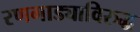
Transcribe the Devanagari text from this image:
रणगाड्याविरुद्ध